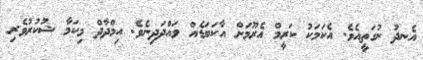
އެނދު ނުގަތީއެވެ. އެކަމަކު ކަރީމް އެރޫމަށް އާކަބަޑެއް ވައްދަދިނެވެ. އިމްދާދް މިކަމާ ޝުކުރުވެރި